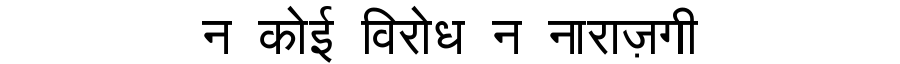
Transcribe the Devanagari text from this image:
न कोई विरोध न नाराज़गी